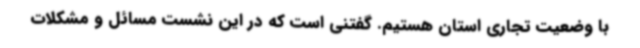
با وضعیت تجاری استان هستیم. گفتنی است که در این نشست مسائل و مشکلات